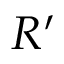
R ^ { \prime }